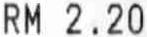
RM 2.20